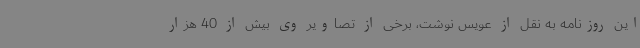
این روزنامه به نقل از عویس نوشت، برخی از تصاویر وی بیش از 40 هزار